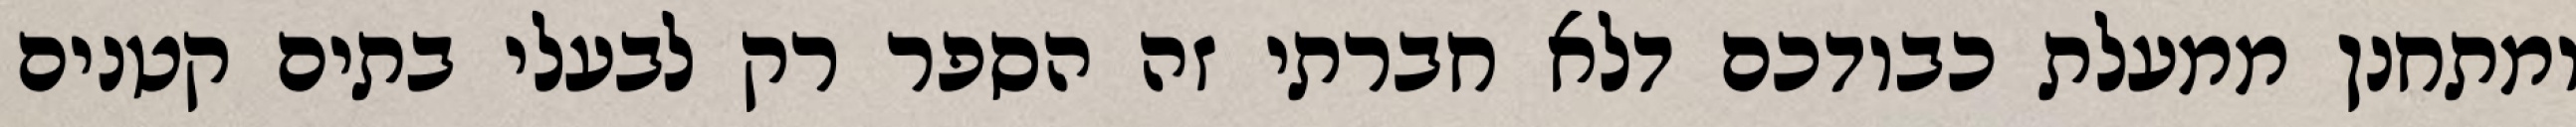
ומתחנן ממעלת כבודכם דלא חברתי זה הספר רק לבעלי בתים קטנים